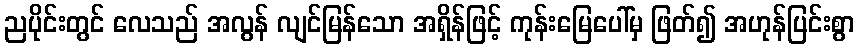
ညပိုင်းတွင် လေသည် အလွန် လျင်မြန်သော အရှိန်ဖြင့် ကုန်းမြေပေါ်မှ ဖြတ်၍ အဟုန်ပြင်းစွာ